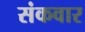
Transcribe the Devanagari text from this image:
संकवार